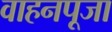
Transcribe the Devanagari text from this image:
वाहनपूजा